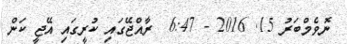
ނޮވެމްބަރު 15